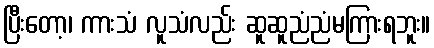
ပြီးတော့၊ ကားသံ လူသံလည်း ဆူဆူညံညံမကြားရဘူး။